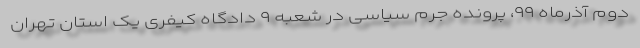
دوم آذرماه ۹۹، پرونده جرم سیاسی در شعبه ۹ دادگاه کیفری یک استان تهران